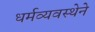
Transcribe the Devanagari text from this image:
धर्मव्यवस्थेने